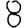
Digit: 8